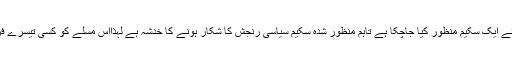
اس سال محکمہ ایل جی آرڈی کی جانب سے پینے کیلئے چشمے کی پانی فراہم کرنے کیلئے ایک سکیم منظور کیا جاچکا ہے تاہم منظور شدہ سکیم سیاسی رنجش کا شکار ہونے کا خدشہ ہے لہذااس مسلے کو کسی تیسرے فریق کے زریعے حل کیا جائے بصورت دیگر منظور شدہ سکیم کینسل ہونے کا خدشہ ہے